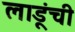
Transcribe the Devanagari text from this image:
लाडूंची